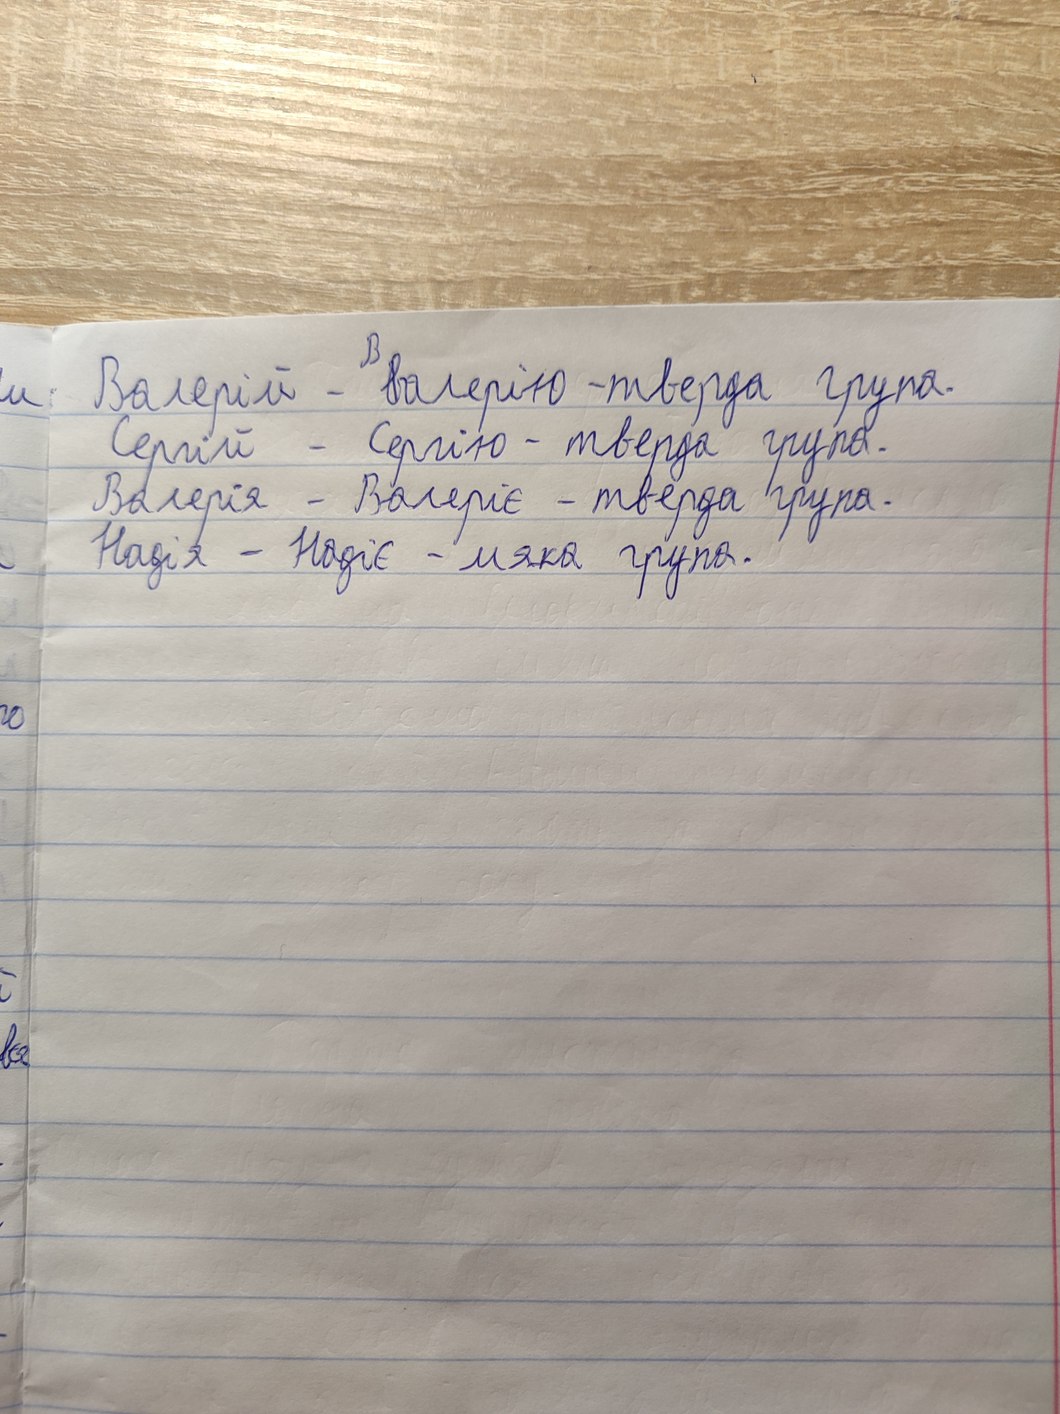
Валерій - ~~в~~{В}алерію - тверда група.
и
Сергій - Сергію - тверда група.
Валерія - Валеріє - тверда група.
Надія - Надіє - м'яка група.
го
все